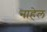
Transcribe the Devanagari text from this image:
नाहेल